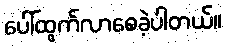
ပေါ်ထွက်လာစေခဲ့ပါတယ်။